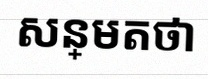
សន្មតថា